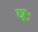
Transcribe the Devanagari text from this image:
षः